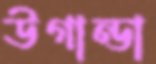
উগান্ডা